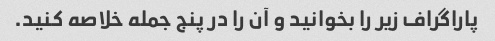
پاراگراف زیر را بخوانید و آن را در پنج جمله خلاصه کنید.